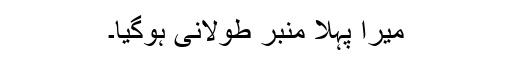
میرا پہلا منبر طولانی ہوگیا۔